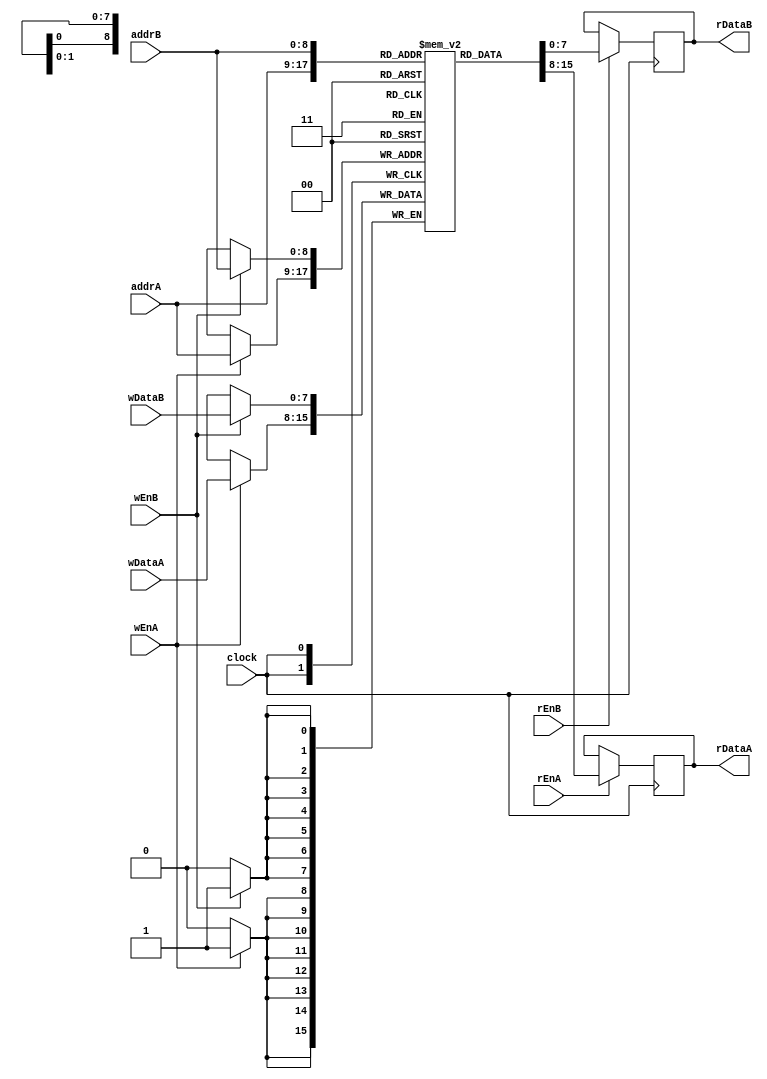
`timescale 1ns / 1ps
//////////////////////////////////////////////////////////////////////////////////
// Company: 
// Engineer: 
// 
// Design Name: 
// Module Name:    Memory 
// Project Name: 
// Target Devices: 
// Tool versions: 
// Description: 
//
// Dependencies: 
//
// Revision: 
// Revision 0.01 - File Created
// Additional Comments: 
//
//////////////////////////////////////////////////////////////////////////////////
//
module ram(clock,addrA,wEnA,wDataA,rEnA,rDataA,addrB,wEnB,wDataB,rEnB,rDataB);
    //
    parameter WORDSIZE = 8;
    parameter WORDNUM = 512;
    parameter ADDRSIZE = 9;
    //
    //addrAaddrBwEnAwEnBwDataA,wDataB
    //rEnArEnBrDataArDataB
    input clock;
    input [ADDRSIZE-1:0] addrA;
    input [WORDSIZE-1:0] wDataA;
    input wEnA;
    input rEnA;
    output reg[WORDSIZE-1:0] rDataA;
    input [ADDRSIZE-1:0] addrB;
    input [WORDSIZE-1:0] wDataB;
    input wEnB;
    input rEnB;
    output reg[WORDSIZE-1:0]rDataB;
    reg[WORDSIZE-1:0]mem[WORDNUM-1:0];
    //
    always@(negedge clock)
    begin
        if(wEnA)
            begin
                mem[addrA] <= wDataA;
            end
        if(rEnA)
            begin
                rDataA <= mem[addrA];
            end
        end
    always@(negedge clock)
    begin
        if(wEnB)
            begin
                mem[addrB] <= wDataB;
            end
        if(rEnB)
            begin
                rDataB <= mem[addrB];
            end
        end
endmodule

//
//16(bank)
//
module Merory(maddr,wenable,wdata,renable,rdata,m_ok,iaddr,instr,i_ok,clock);
    //
    parameter memsize = 8192;
    input[63:0] maddr;
    input wenable;//Write enable
    input[63:0]wdata;
    input renable;
    output[63:0]rdata;
    output m_ok;
    input[63:0]iaddr;
    output[79:0]instr;
    output i_ok;
    input clock;
    //ibx(instr)x
    wire[7:0] ib0,ib1,ib2,ib3,ib4,ib5,ib6,ib7,ib8,ib9;
    //dbx(rdata)x
    wire[7:0] db0,db1,db2,db3,db4,db5,db6,db7;
    wire[3:0]ibid = iaddr[3:0];//bankidbank
    wire[59:0] iindex = iaddr[63:4];
    wire[59:0] iipl = iindex+1;//iindex
    wire[3:0] mbid = maddr[3:0];//bank
    wire[59:0] mindex = maddr[63:4];//bank
    wire[59:0] mipl = mindex+1;//mindex
    //bank
    wire[59:0] addrI0,addrI1,addrI2,addrI3,addrI4,addrI5,addrI6,addrI7,addrI8,addrI9,addrI10,addrI11,addrI12,addrI13,addrI14,addrI15;
    //bank
    wire[7:0] outI0,outI1,outI2,outI3,outI4,outI5,outI6,outI7,outI8,outI9,outI10,outI11,outI12,outI13,outI14,outI15;
    //bank
    wire[59:0] addrD0,addrD1,addrD2,addrD3,addrD4,addrD5,addrD6,addrD7,addrD8,addrD9,addrD10,addrD11,addrD12,addrD13,addrD14,addrD15;
    //bank
    wire[7:0]outD0,outD1,outD2,outD3,outD4,outD5,outD6,outD7,outD8,outD9,outD10,outD11,outD12,outD13,outD14,outD15;
    //bank
    wire[7:0]inD0,inD1,inD2,inD3,inD4,inD5,inD6,inD7,inD8,inD9,inD10,inD11,inD12,inD13,inD14,inD15;
    //bank
    wire dwEn0,dwEn1,dwEn2,dwEn3,dwEn4,dwEn5,dwEn6,dwEn7,dwEn8,dwEn9,dwEn10,dwEn11,dwEn12,dwEn13,dwEn14,dwEn15;
    //16(bank)
    ram #(8,memsize/16,60) bank0(clock,addrI0,1'b0,8'b0,1'b1,outI0,addrD0,dwEn0,inD0,renable,outD0);
    ram #(8,memsize/16,60) bank1(clock,addrI1,1'b0,8'b0,1'b1,outI1,addrD1,dwEn1,inD1,renable,outD1);
    ram #(8,memsize/16,60) bank2(clock,addrI2,1'b0,8'b0,1'b1,outI2,addrD2,dwEn2,inD2,renable,outD2);
    ram #(8,memsize/16,60) bank3(clock,addrI3,1'b0,8'b0,1'b1,outI3,addrD3,dwEn3,inD3,renable,outD3);
    ram #(8,memsize/16,60) bank4(clock,addrI4,1'b0,8'b0,1'b1,outI4,addrD4,dwEn4,inD4,renable,outD4);
    ram #(8,memsize/16,60) bank5(clock,addrI5,1'b0,8'b0,1'b1,outI5,addrD5,dwEn5,inD5,renable,outD5);
    ram #(8,memsize/16,60) bank6(clock,addrI6,1'b0,8'b0,1'b1,outI6,addrD6,dwEn6,inD6,renable,outD6);
    ram #(8,memsize/16,60) bank7(clock,addrI7,1'b0,8'b0,1'b1,outI7,addrD7,dwEn7,inD7,renable,outD7);
    ram #(8,memsize/16,60) bank8(clock,addrI8,1'b0,8'b0,1'b1,outI8,addrD8,dwEn8,inD8,renable,outD8);
    ram #(8,memsize/16,60) bank9(clock,addrI9,1'b0,8'b0,1'b1,outI9,addrD9,dwEn9,inD9,renable,outD9);
    ram #(8,memsize/16,60) bank10(clock,addrI10,1'b0,8'b0,1'b1,outI10,addrD10,dwEn10,inD10,renable,outD10);
    ram #(8,memsize/16,60) bank11(clock,addrI11,1'b0,8'b0,1'b1,outI11,addrD11,dwEn11,inD11,renable,outD11);
    ram #(8,memsize/16,60) bank12(clock,addrI12,1'b0,8'b0,1'b1,outI12,addrD12,dwEn12,inD12,renable,outD12);
    ram #(8,memsize/16,60) bank13(clock,addrI13,1'b0,8'b0,1'b1,outI13,addrD13,dwEn13,inD13,renable,outD13);
    ram #(8,memsize/16,60) bank14(clock,addrI14,1'b0,8'b0,1'b1,outI14,addrD14,dwEn14,inD14,renable,outD14);
    ram #(8,memsize/16,60) bank15(clock,addrI15,1'b0,8'b0,1'b1,outI15,addrD15,dwEn15,inD15,renable,outD15);
    //bank(bank
    assign addrI0 = ibid>=7 ? iipl:iindex;
    assign addrI1 = ibid>=8 ? iipl:iindex;
    assign addrI2 = ibid>=9 ? iipl:iindex;
    assign addrI3 = ibid>=10 ? iipl:iindex;
    assign addrI4 = ibid>=11 ? iipl:iindex;
    assign addrI5 = ibid>=12 ? iipl:iindex;
    assign addrI6 = ibid>=13 ? iipl:iindex;
    assign addrI7 = ibid>=14 ? iipl:iindex;
    assign addrI8 = ibid>=15 ? iipl:iindex;
    assign addrI9 = iindex;
    assign addrI10 = iindex;
    assign addrI11 = iindex;
    assign addrI12 = iindex;
    assign addrI13 = iindex;
    assign addrI14 = iindex;
    assign addrI15 = iindex;
    //
    assign i_ok = (iaddr+9)<memsize;
    //bank
    assign	ib0 = !i_ok ? 0 :
			ibid == 0 ? outI0 :
			ibid == 1 ? outI1 :
			ibid == 2 ? outI2 :
			ibid == 3 ? outI3 :
			ibid == 4 ? outI4 :
			ibid == 5 ? outI5 :
			ibid == 6 ? outI6 :
			ibid == 7 ? outI7 :
			ibid == 8 ? outI8 :
			ibid == 9 ? outI9 :
			ibid == 10 ? outI10 :
			ibid == 11 ? outI11 :
			ibid == 12 ? outI12 :
			ibid == 13 ? outI13 :
			ibid == 14 ? outI14 :
			outI15;  
    assign	ib1 = !i_ok ? 0 :
			ibid == 0 ? outI1 :
			ibid == 1 ? outI2 :
			ibid == 2 ? outI3 :
			ibid == 3 ? outI4 :
			ibid == 4 ? outI5 :
			ibid == 5 ? outI6 :
			ibid == 6 ? outI7 :
			ibid == 7 ? outI8 :
			ibid == 8 ? outI9 :
			ibid == 9 ? outI10 :
			ibid == 10 ? outI11 :
			ibid == 11 ? outI12 :
			ibid == 12 ? outI13 :
			ibid == 13 ? outI14 :
			ibid == 14 ? outI15 :
			outI0;    
        assign	ib2 = !i_ok ? 0 :
			ibid == 0 ? outI2 :
			ibid == 1 ? outI3 :
			ibid == 2 ? outI4 :
			ibid == 3 ? outI5 :
			ibid == 4 ? outI6 :
			ibid == 5 ? outI7 :
			ibid == 6 ? outI8 :
			ibid == 7 ? outI9 :
			ibid == 8 ? outI10 :
			ibid == 9 ? outI11 :
			ibid == 10 ? outI12 :
			ibid == 11 ? outI13 :
			ibid == 12 ? outI14 :
			ibid == 13 ? outI15 :
			ibid == 14 ? outI1 :
			outI0;   
    assign	ib3 = !i_ok ? 0 :
			ibid == 0 ? outI3 :
			ibid == 1 ? outI4 :
			ibid == 2 ? outI5 :
			ibid == 3 ? outI6 :
			ibid == 4 ? outI7 :
			ibid == 5 ? outI8 :
			ibid == 6 ? outI9 :
			ibid == 7 ? outI10 :
			ibid == 8 ? outI11 :
			ibid == 9 ? outI12 :
			ibid == 10 ? outI13 :
			ibid == 11 ? outI14 :
			ibid == 12 ? outI15 :
			ibid == 13 ? outI0 :
			ibid == 14 ? outI1 :
			outI2;      
    assign	ib4 = !i_ok ? 0 :
			ibid == 0    ? outI4 :
			ibid == 1    ? outI5 :
			ibid == 2    ? outI6 :
			ibid == 3    ? outI7 :
			ibid == 4    ? outI8 :
			ibid == 5    ? outI9 :
			ibid == 6    ? outI10 :
			ibid == 7    ? outI11 :
			ibid == 8    ? outI12 :
			ibid == 9    ? outI13 :
			ibid == 10    ? outI14 :
			ibid == 11    ? outI15 :
			ibid == 12    ? outI0 :
			ibid == 13    ? outI1 :
			ibid == 14    ? outI2 :
			outI3;    
    assign	ib5 = !i_ok ? 0 :
			ibid == 0    ? outI5 :
			ibid == 1    ? outI6 :
			ibid == 2    ? outI7 :
			ibid == 3    ? outI8 :
			ibid == 4    ? outI9 :
			ibid == 5    ? outI10 :
			ibid == 6    ? outI11 :
			ibid == 7    ? outI12 :
			ibid == 8    ? outI13 :
			ibid == 9    ? outI14 :
			ibid == 10    ? outI15 :
			ibid == 11    ? outI0 :
			ibid == 12    ? outI1 :
			ibid == 13    ? outI2 :
			ibid == 14	? outI3 :
			outI4;    
    assign	ib6 = !i_ok ? 0 :
			ibid == 0    ? outI6 :
			ibid == 1    ? outI7 :
			ibid == 2    ? outI8 :
			ibid == 3    ? outI9 :
			ibid == 4    ? outI10 :
			ibid == 5    ? outI11 :
			ibid == 6    ? outI12 :
			ibid == 7    ? outI13 :
			ibid == 8    ? outI14 :
			ibid == 9    ? outI15 :
			ibid == 10    ? outI0 :
			ibid == 11    ? outI1 :
			ibid == 12    ? outI2 :
			ibid == 13    ? outI3 :
			ibid == 14    ? outI4 :
			outI5;    
    assign	ib7 = !i_ok ? 0 :
			ibid == 0    ? outI7 :
			ibid == 1    ? outI8 :
			ibid == 2    ? outI9 :
			ibid == 3    ? outI10 :
			ibid == 4    ? outI11 :
			ibid == 5    ? outI12 :
			ibid == 6    ? outI13 :
			ibid == 7    ? outI14 :
			ibid == 8    ? outI15 :
			ibid == 9    ? outI0 :
			ibid == 10    ? outI1 :
			ibid == 11    ? outI2 :
			ibid == 12    ? outI3 :
			ibid == 13    ? outI4 :
			ibid == 14    ? outI5 :
			outI6;    
    assign	ib8 = !i_ok ? 0 :
			ibid == 0    ? outI8 :
			ibid == 1    ? outI9 :
			ibid == 2    ? outI10 :
			ibid == 3    ? outI11 :
			ibid == 4    ? outI12 :
			ibid == 5    ? outI13 :
			ibid == 6    ? outI14 :
			ibid == 7    ? outI15 :
			ibid == 8    ? outI0 :
			ibid == 9    ? outI1 :
			ibid == 10    ? outI2 :
			ibid == 11    ? outI3 :
			ibid == 12    ? outI4 :
			ibid == 13	?	outI5 :
			ibid == 14    ? outI6 :
			outI7;        
    assign	ib9 = !i_ok ? 0 :
			ibid == 0    ? outI9 :
			ibid == 1    ? outI10 :
			ibid == 2    ? outI11 :
			ibid == 3    ? outI12 :
			ibid == 4    ? outI13 :
			ibid == 5    ? outI14 :
			ibid == 6    ? outI15 :
			ibid == 7    ? outI0 :
			ibid == 8    ? outI1 :
			ibid == 9    ? outI2 :
			ibid == 10    ? outI3 :
			ibid == 11    ? outI4 :
			ibid == 12    ? outI5 :
			ibid == 13    ? outI6 :
			ibid == 14    ? outI7 :
			outI8; 
    //10icodeifun
    assign	  instr[7:0] = ib0;
    assign    instr[15:8] = ib1;
    assign    instr[23:16] = ib2;
    assign    instr[31:24] = ib3;
    assign    instr[39:32] = ib4;
    assign    instr[47:40] = ib5;
    assign    instr[55:48] = ib6;
    assign    instr[63:56] = ib7;
    assign    instr[71:64] = ib8;
    assign    instr[79:72] = ib9;    
    //  
    assign m_ok = (!renable & !wenable)|(maddr+7)<memsize;
    //bank
    assign	addrD0 = mbid >=  9 ? mipl : mindex;
    assign    addrD1 = mbid >= 10 ? mipl : mindex;
    assign    addrD2 = mbid >= 11 ? mipl : mindex;
    assign    addrD3 = mbid >= 12 ? mipl : mindex;
    assign    addrD4 = mbid >= 13 ? mipl : mindex;
    assign    addrD5 = mbid >= 14 ? mipl : mindex;
    assign    addrD6 = mbid >= 15 ? mipl : mindex;
    assign    addrD7 = mindex;
    assign    addrD8 = mindex;
    assign    addrD9 = mindex;
    assign    addrD10 =    mindex;
    assign    addrD11 =    mindex;
    assign    addrD12 =    mindex;
    assign    addrD13 =    mindex;
    assign    addrD14 =    mindex;
    assign    addrD15 =    mindex;  
    //   
    assign	db0 = !m_ok ? 0	:
				mbid == 0    ? outD0    :
				mbid == 1    ? outD1    :
				mbid == 2    ? outD2    :
				mbid == 3    ? outD3    :
				mbid == 4    ? outD4    :
				mbid == 5    ? outD5    :
				mbid == 6    ? outD6    :
				mbid == 7    ? outD7    :
				mbid == 8    ? outD8    :
				mbid == 9    ? outD9    :
				mbid == 10    ? outD10 :
				mbid == 11    ? outD11 :
				mbid == 12    ? outD12 :
				mbid == 13    ? outD13 :
				mbid == 14    ? outD14    :
				outD15;        
    assign	db1 = !m_ok ? 0	:
            mbid == 0    ? outD1    :
            mbid == 1    ? outD2    :
            mbid == 2    ? outD3    :
            mbid == 3    ? outD4    :
            mbid == 4    ? outD5    :
            mbid == 5    ? outD6    :
            mbid == 6    ? outD7    :
            mbid == 7    ? outD8    :
            mbid == 8    ? outD9    :
            mbid == 9    ? outD10 :
            mbid == 10    ? outD11 :
            mbid == 11    ? outD12 :
            mbid == 12    ? outD13 :
            mbid == 13    ? outD14 :
            mbid == 14    ? outD15    :
            outD0;
    assign	db2 = !m_ok ? 0	:
				mbid == 0    ? outD2    :
				mbid == 1    ? outD3    :
				mbid == 2    ? outD4    :
				mbid == 3    ? outD5    :
				mbid == 4    ? outD6    :
				mbid == 5    ? outD7    :
				mbid == 6    ? outD8    :
				mbid == 7    ? outD9    :
				mbid == 8    ? outD10 :
				mbid == 9    ? outD11 :
				mbid == 10    ? outD12 :
				mbid == 11    ? outD13 :
				mbid == 12	? outD14 :
				mbid == 13    ? outD15    :
				mbid == 14    ? outD0    :
				outD1;        
    assign	db3 = !m_ok ? 0	:
				mbid == 0    ? outD3    :
				mbid == 1    ? outD4    :
				mbid == 2    ? outD5    :
				mbid == 3    ? outD6    :
				mbid == 4    ? outD7    :
				mbid == 5    ? outD8    :
				mbid == 6    ? outD9    :
				mbid == 7    ? outD10 :
				mbid == 8    ? outD11 :
				mbid == 9    ? outD12 :
				mbid == 10    ? outD13 :
				mbid == 11    ? outD14 :
				mbid == 12    ? outD15    :
				mbid == 13    ? outD0    :
				mbid == 14    ? outD1    :
				outD2;        
    assign	db4 = !m_ok ? 0	:
				mbid == 0    ? outD4    :
				mbid == 1    ? outD5    :
				mbid == 2    ? outD6    :
				mbid == 3    ? outD7    :
				mbid == 4    ? outD8    :
				mbid == 5    ? outD9    :
				mbid == 6    ? outD10 :
				mbid == 7    ? outD11 :
				mbid == 8    ? outD12 :
				mbid == 9    ? outD13 :
				mbid == 10    ? outD14 :
				mbid == 11    ? outD15    :
				mbid == 12    ? outD0    :
				mbid == 13    ? outD1    :
				mbid == 14    ? outD2    :
				outD3;        
    assign	db5 = !m_ok ? 0 :	
				mbid == 0    ? outD5    :
				mbid == 1    ? outD6    :
				mbid == 2    ? outD7    :
				mbid == 3    ? outD8    :
				mbid == 4    ? outD9    :
				mbid == 5    ? outD10 :
				mbid == 6    ? outD11 :
				mbid == 7    ? outD12 :
				mbid == 8    ? outD13 :
				mbid == 9    ? outD14 :
				mbid == 10    ? outD15 :
				mbid == 11	?	outD0	:
				mbid == 12    ?    outD1    :
				mbid == 13    ?    outD2    :
				mbid == 14    ? outD3    :
				outD4;            
    assign	db6 = !m_ok ? 0	:
				mbid == 0    ? outD6    :
				mbid == 1    ? outD7    :
				mbid == 2    ? outD8    :
				mbid == 3    ? outD9    :
				mbid == 4    ? outD10 :
				mbid == 5    ? outD11 :
				mbid == 6    ? outD12 :
				mbid == 7    ? outD13 :
				mbid == 8    ? outD14 :
				mbid == 9    ? outD15    :
				mbid == 10    ? outD0    :
				mbid == 11    ? outD1    :
				mbid == 12    ? outD2    :
				mbid == 13    ? outD3    :
				mbid == 14    ? outD4    :
				outD5;            
    assign	db7 = !m_ok ? 0	:
				mbid == 0    ? outD7    :
				mbid == 1    ? outD8    :
				mbid == 2    ? outD9    :
				mbid == 3    ? outD10 :
				mbid == 4    ? outD11 :
				mbid == 5    ? outD12 :
				mbid == 6    ? outD13 :
				mbid == 7    ? outD14 :
				mbid == 8    ? outD15    :
				mbid == 9    ? outD0    :
				mbid == 10    ? outD1    :
				mbid == 11    ? outD2    :
				mbid == 12    ? outD3    :
				mbid == 13    ? outD4    :
				mbid == 14    ? outD5    :
				outD6;       
    //     
    assign	rdata[ 7: 0] = db0;
    assign    rdata[15: 8] = db1;
    assign    rdata[23:16] = db2;
    assign    rdata[31:24] = db3;
    assign    rdata[39:32] = db4;
    assign    rdata[47:40] = db5;
    assign    rdata[55:48] = db6;
    assign    rdata[63:56] = db7; 
    //
    wire [7:0]wd0 = wdata[ 7: 0];
    wire [7:0]wd1 = wdata[ 15: 8];
    wire [7:0]wd2 = wdata[ 23: 16];
    wire [7:0]wd3 = wdata[ 31: 24];    
    wire [7:0]wd4 = wdata[39:32];
    wire [7:0]wd5 = wdata[47:40];
    wire [7:0]wd6 = wdata[55:48]; 
    wire [7:0]wd7 = wdata[63:56];
    //bank
    assign	inD0 =		
				mbid == 9    ? wd7 :
				mbid == 10 ? wd6 :
				mbid == 11 ? wd5 :
				mbid == 12 ? wd4 :
				mbid == 13 ? wd3 :
				mbid == 14 ? wd2 :
				mbid == 15 ? wd1 :
				mbid == 0 ? wd0 :
				0;        
    assign	inD1 =	
            mbid == 10 ? wd7 :
            mbid == 11 ? wd6 :
            mbid == 12 ? wd5 :
            mbid == 13 ? wd4 :
            mbid == 14 ? wd3 :
            mbid == 15    ? wd2 :
            mbid == 0    ? wd1 :
            mbid == 1    ? wd0 :
            0;    
    assign	inD2 =		
				mbid == 11 ? wd7 :
				mbid == 12 ? wd6 :
				mbid == 13 ? wd5 :
				mbid == 14 ? wd4 :
				mbid == 15    ? wd3 :
				mbid == 0    ? wd2 :
				mbid == 1    ? wd1 :
				mbid == 2    ? wd0 :
				0;        
    assign	inD3 =		
				mbid == 12 ? wd7 :
				mbid == 13 ? wd6 :
				mbid == 14 ? wd5 :
				mbid == 15 ? wd4 :
				mbid == 0 ? wd3    :
				mbid == 1 ? wd2    :
				mbid == 2 ? wd1    :
				mbid == 3 ? wd0    :
				0;
    assign	inD4 =	
				mbid == 13 ? wd7 :
				mbid == 14 ? wd6 :
				mbid == 15 ? wd5 :
				mbid == 0 ? wd4    :
				mbid == 1 ? wd3    :
				mbid == 2 ? wd2    :
				mbid == 3 ? wd1    :
				mbid == 4 ? wd0    :
				0;    
    assign	inD5 =	
				mbid == 14 ? wd7 :
				mbid == 15 ? wd6 :
				mbid == 0 ? wd5    :
				mbid == 1 ? wd4    :
				mbid == 2 ? wd3    :
				mbid == 3 ? wd2    :
				mbid == 4 ? wd1    :
				mbid == 5 ? wd0    :
				0;    
    assign	inD6 =	
				mbid == 15 ? wd7 :
				mbid == 0 ? wd6    :
				mbid == 1 ? wd5    :
				mbid == 2 ? wd4    :
				mbid == 3 ? wd3    :
				mbid == 4 ? wd2    :
				mbid == 5 ? wd1    :
				mbid == 6 ? wd0    :
				0;    
    assign	inD7 =	
				mbid == 0 ? wd7    :
				mbid == 1 ? wd6    :
				mbid == 2 ? wd5    :
				mbid == 3 ? wd4    :
				mbid == 4 ? wd3    :
				mbid == 5 ? wd2    :
				mbid == 6 ? wd1    :
				mbid == 7 ? wd0    :
				0;    
    assign	inD8 =	
				mbid == 1 ? wd7    :
				mbid == 2 ? wd6    :
				mbid == 3 ? wd5    :  
				mbid == 4 ? wd4	:
				mbid == 5 ? wd3    :
				mbid == 6 ? wd2    :
				mbid == 7 ? wd1    :
				mbid == 8 ? wd0    :
				0;    
    assign	inD9 =	
				mbid == 2 ? wd7    :
				mbid == 3 ? wd6    :
				mbid == 4 ? wd5    :
				mbid == 5 ? wd4    :
				mbid == 6 ? wd3    :
				mbid == 7 ? wd2    :
				mbid == 8 ? wd1    :
				mbid == 9 ? wd0    :
				0;    
    assign	inD10 =	
				mbid == 3 ? wd7    :
				mbid == 4 ? wd6    :
				mbid == 5 ? wd5    :
				mbid == 6 ? wd4    :
				mbid == 7 ? wd3    :
				mbid == 8 ? wd2    :
				mbid == 9 ? wd1    :
				mbid == 10 ? wd0 :
				0;    
    assign	inD11 =	
				mbid == 4 ? wd7    :
				mbid == 5 ? wd6    :
				mbid == 6 ? wd5    :
				mbid == 7 ? wd4    :
				mbid == 8 ? wd3    :
				mbid == 9 ? wd2    :
				mbid == 10 ? wd1 :
				mbid == 11 ? wd0 :
				0;    
    assign	inD12 =	
				mbid == 5 ? wd7    :
				mbid == 6 ? wd6    :
				mbid == 7 ? wd5    :
				mbid == 8 ? wd4    :
				mbid == 9 ? wd3    :
				mbid == 10 ? wd2 :
				mbid == 11 ? wd1 :
				mbid == 12 ? wd0 :
				0;   
    assign	inD13 =	
				mbid == 6 ? wd7    :
				mbid == 7 ? wd6    :
				mbid == 8 ? wd5    :
				mbid == 9 ? wd4    :
				mbid == 10 ? wd3    :
				mbid == 11 ? wd2    :
				mbid == 12 ? wd1    :
				mbid == 13 ? wd0 :
				0;    
    assign	inD14 =	
				mbid == 7 ? wd7    :
				mbid == 8 ? wd6    :
				mbid == 9 ? wd5    :
				mbid == 10 ? wd4    :
				mbid == 11 ? wd3    :
				mbid == 12 ? wd2    :
				mbid == 13 ? wd1    :
				mbid == 14 ? wd0 :
				0;    
    assign	inD15 =	
				mbid == 8 ? wd7    :
				mbid == 9 ? wd6    :
				mbid == 10 ? wd5    :
				mbid == 11 ? wd4    :
				mbid == 12 ? wd3    :
				mbid == 13 ? wd2    :
				mbid == 14 ? wd1    :
				mbid == 15 ? wd0 :
				0;    
        //16bank
        assign	dwEn0 = wenable & (mbid <= 0 | mbid >= 9);
        assign    dwEn1 = wenable & (mbid <= 1 | mbid >= 10);
        assign    dwEn2 = wenable & (mbid <= 2 | mbid >= 11);
        assign    dwEn3 = wenable & (mbid <= 3 | mbid >= 12);
        assign    dwEn4 = wenable & (mbid <= 4 | mbid >= 13);
        assign    dwEn5 = wenable & (mbid <= 5 | mbid >= 14);
        assign    dwEn6 = wenable & (mbid <= 6 | mbid >= 15);
        assign    dwEn7 = wenable & (mbid <= 7);
        assign    dwEn8 = wenable & (mbid >= 1 & mbid <= 8);
        assign    dwEn9 = wenable & (mbid >= 2 & mbid <= 9);
        assign    dwEn10 = wenable & (mbid >= 3 & mbid <= 10);
        assign    dwEn11 = wenable & (mbid >= 4 & mbid <= 11);
        assign    dwEn12 = wenable & (mbid >= 5 & mbid <= 12);
        assign    dwEn13 = wenable & (mbid >= 6 & mbid <= 13);
        assign    dwEn14 = wenable & (mbid >= 7 & mbid <= 14);
        assign	  dwEn15 = wenable & (mbid >= 8); 
endmodule